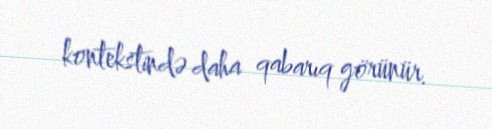
kontekstində daha qabarıq görünür.